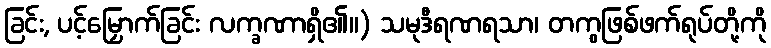
ခြင်း, ပင့်မြှောက်ခြင်း လက္ခဏာရှိ၏။) သမုဒီရဏရသာ၊ တကွဖြစ်ဖက်ရုပ်တို့ကို